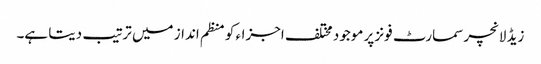
زیڈ لانچر سمارٹ فونز پر موجود مختلف اجزاء کو منظم انداز میں ترتیب دیتا ہے۔